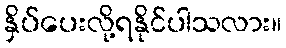
နှိပ်ပေးလို့ရနိုင်ပါသလား။